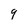
Character: 9